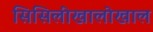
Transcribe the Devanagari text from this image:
सिसिलीखालोखाल